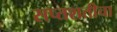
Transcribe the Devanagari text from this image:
सप्तशतीचा